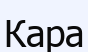
Кара